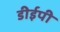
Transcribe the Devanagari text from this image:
डीईपी